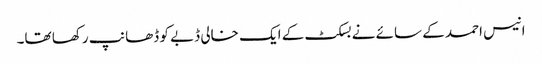
انیس احمد کے سائے نے بسکٹ کے ایک خالی ڈبے کو ڈھانپ رکھا تھا۔